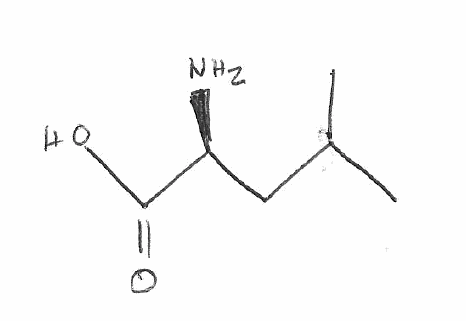
Simplified molecular-input line-entry system (SMILES) notation of the given molecule:
CC(C)C[C@@H](C(=O)O)N